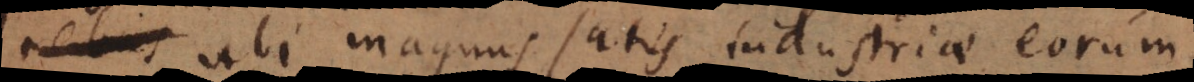
ubi magnus satis industriae eorum